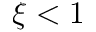
\xi < 1